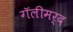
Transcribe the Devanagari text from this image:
गॅलीमर्द